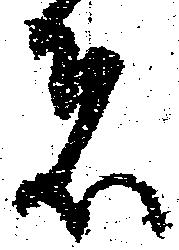
者